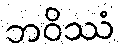
ဘဝိဿံ